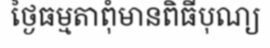
ថ្ងៃធម្មតាពុំមានពិធីបុណ្យ